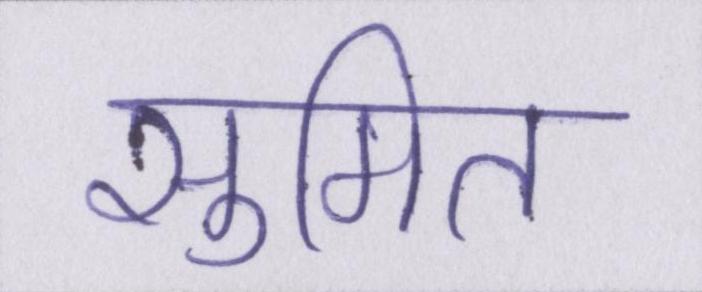
सुमित